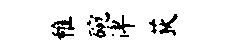
稚碗俾荻